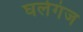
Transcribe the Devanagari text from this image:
घलेगंज